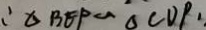
: \Delta B E P \sim \Delta C D P \cdot